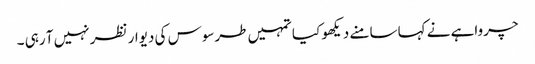
چرواہے نے کہا سامنے دیکھو کیا تمہیں طرسوس کی دیوار نظر نہیں آ رہی ۔